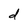
Character: d